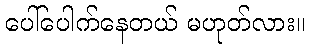
ပေါ်ပေါက်နေတယ် မဟုတ်လား။